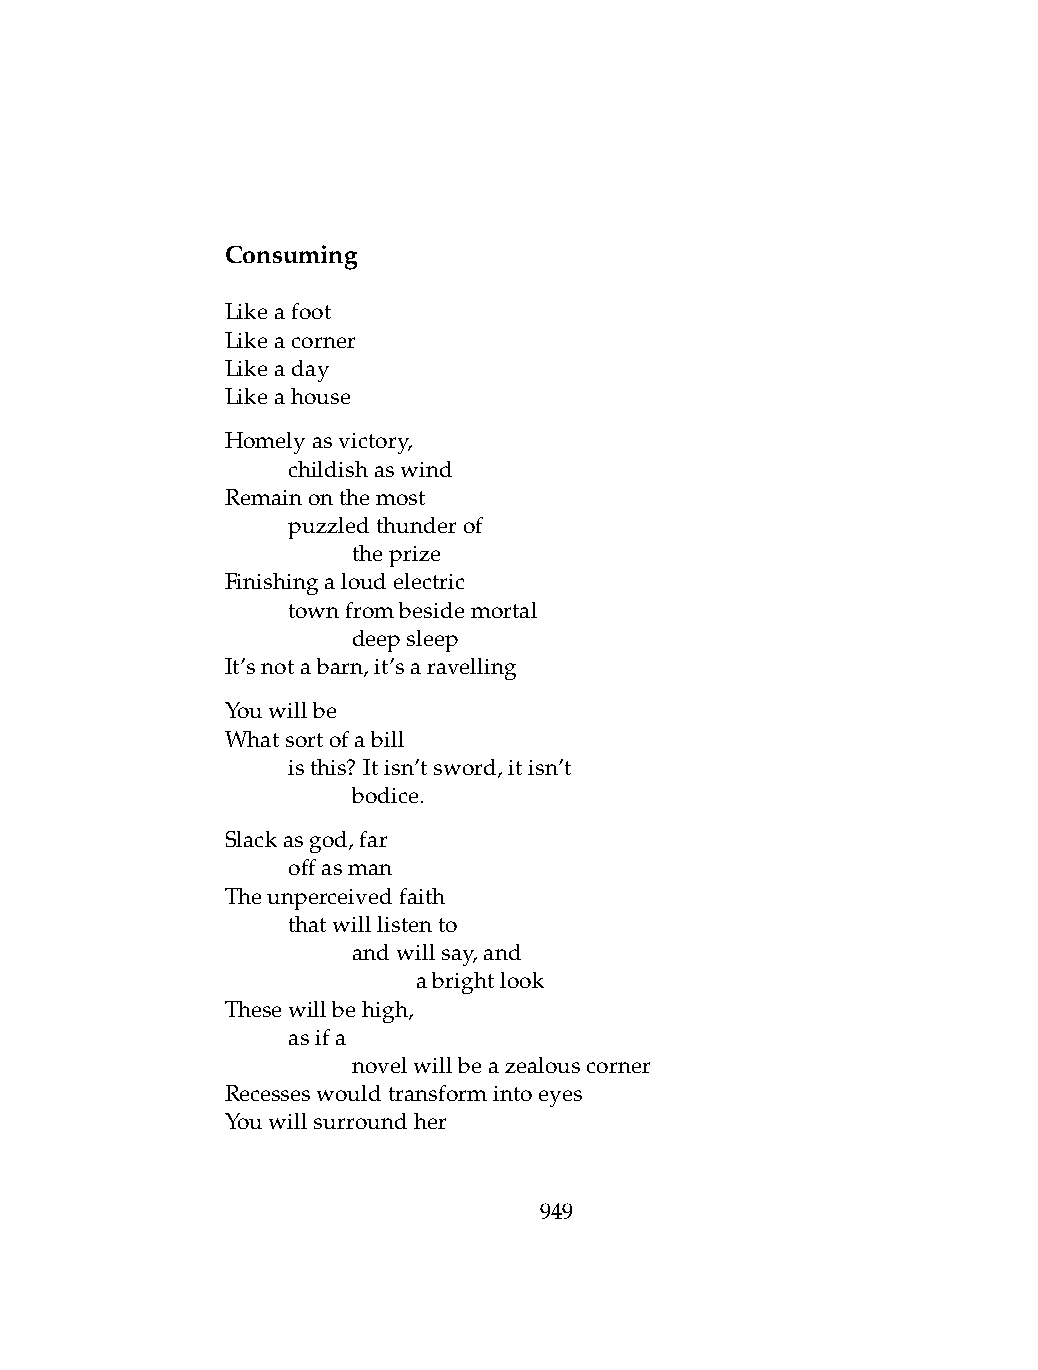
Consuming
 Likeafoot
 Likeacorner
 Likeaday
 Likeahouse
 Homelyasvictory,
 .   childishaswind
 Remainonthemost
 .   puzzledthunderof
 .   .   theprize
 Finishingaloudelectric
 .   townfrombesidemortal
 .   .   deepsleep
 It’snotabarn,it’saravelling
 Youwillbe
 Whatsortofabill
 .   isthis? Itisn’tsword,itisn’t
 .   .   bodice.
 Slackasgod,far
 .   offasman
 Theunperceivedfaith
 .   thatwilllistento
 .   .   andwillsay,and
 .   .   .    abrightlook
 Thesewillbehigh,
 .   asifa
 .   .   novelwillbeazealouscorner
 Recesseswouldtransformintoeyes
 Youwillsurroundher
 949